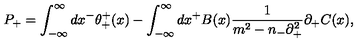
P _ { + } = \int _ { - { \infty } } ^ { \infty } d x ^ { - } { \theta } _ { + } ^ { + } ( x ) - \int _ { - { \infty } } ^ { \infty } d x ^ { + } B ( x ) \frac { 1 } { m ^ { 2 } - n _ { - } { \partial } _ { + } ^ { 2 } } { \partial } _ { + } C ( x ) ,